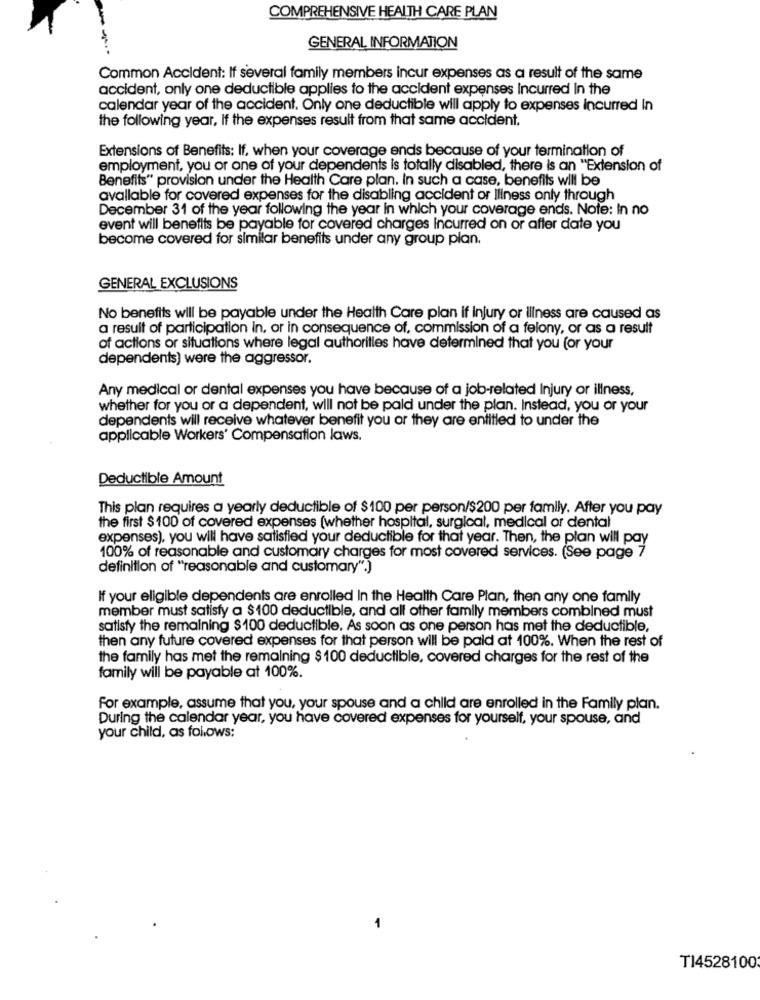
COMPREHENSIVE HEALTH CARE PLAN
--
GENERAL INFORMATION
Common Accident: If several family members incur expenses as a result of the same
accident, only one deductible applies to the accident expenses Incurred In the
calendar year of the accident. Only one deductible will apply to expenses Incurred In
the following year, if the expenses result from that same accident.
Extensions of Benefits: If. when your coverage ends because of your termination of
employment, you or one of your dependents is totally disabled, there is an "Extension of
Benefits" provision under the Health Care plan. In such a case, benefits will be
avallable for covered expenses for the disabling accident or Iliness only through
December 31 of the year following the year in which your coverage ends. Note: In no
event will benefits be payable for covered charges Incurred on or after date you
become covered for similar benefits under any group plan.
GENERAL EXCLUSIONS
No benefits will be payable under the Health Care plan if injury or illness are caused as
a result of participation In, or in consequence of, commission of a felony, or as a result
of actions or situations where legal authorities have determined that you (or your
dependents) were the aggressor.
Any medical or dental expenses you have because of a job-related Injury or illness,
whether for you or a dependent, will not be paid under the plan. Instead, you or your
dependents will receive whatever benefit you or they are entitled to under the
applicable Workers' Compensation laws.
Deductible Amount
This plan requires a yearly deductible of $100 per person/$200 per family. After you pay
the first $100 of covered expenses (whether hospital, surgical, medical or dental
expenses), you will have satisfied your deductible for that year. Then, the plan will pay
100% of reasonable and customary charges for most covered services. (See page 7
definition of "reasonable and customary".)
If your eligible dependents are enrolled In the Health Care Plan, then any one family
member must satisfy a $100 deductible, and all other family members combined must
satisfy the remaining $100 deductible. As soon as one person has met the deductible,
then any future covered expenses for that person will be paid at 100%. When the rest of
the family has met the remaining $ 100 deductible, covered charges for the rest of the
family will be payable at 100%.
For example, assume that you, your spouse and a child are enrolled in the Family plan.
During the calendar year, you have covered expenses for yourself, your spouse, and
your child, as follows;
T14528100